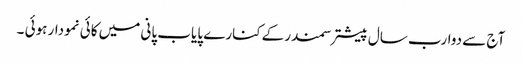
آج سے دوارب سال پیشتر سمندر کےکنارے پایاب پانی میں کائی نمودار ہوئی ۔